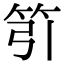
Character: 䇙